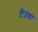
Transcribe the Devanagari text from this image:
टेंउगा